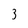
Character: 3